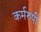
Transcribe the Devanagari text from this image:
कर्मरुपी